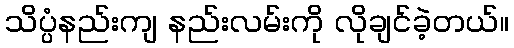
သိပ္ပံနည်းကျ နည်းလမ်းကို လိုချင်ခဲ့တယ်။